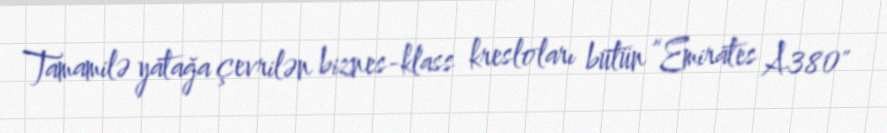
Tamamilə yatağa çevrilən biznes-klass kresloları bütün “Emirates A380"